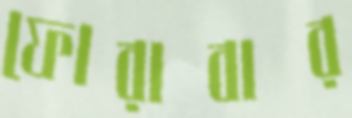
ফোরাবার